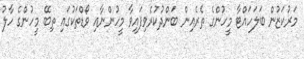
މަރުކަޒުން ބަލަހައްޓާ މީހުންގެ ތެރެއިން ބަންދުކުރެވިފައިވާ މީހުންނާއި ވޯޑްތަކުގައި ތިބޭ މީހުންގެ ހާލު